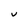
Character: v